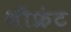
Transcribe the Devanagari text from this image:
सीफ्रंट